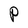
Character: P